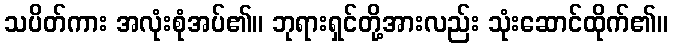
သပိတ်ကား အလုံးစုံအပ်၏။ ဘုရားရှင်တို့အားလည်း သုံးဆောင်ထိုက်၏။